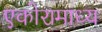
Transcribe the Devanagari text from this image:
एकोरामाध्य